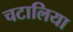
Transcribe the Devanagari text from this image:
चटालिया